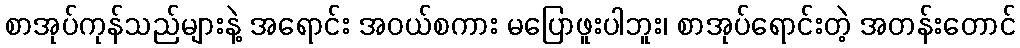
စာအုပ်ကုန်သည်များနဲ့ အရောင်း အဝယ်စကား မပြောဖူးပါဘူး၊ စာအုပ်ရောင်းတဲ့ အတန်းတောင်